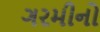
ગરમીનો